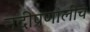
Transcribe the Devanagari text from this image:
नदीप्रणालीचे